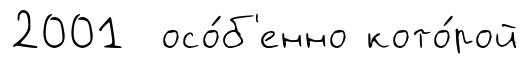
2001 осо́б'енно кото́рой